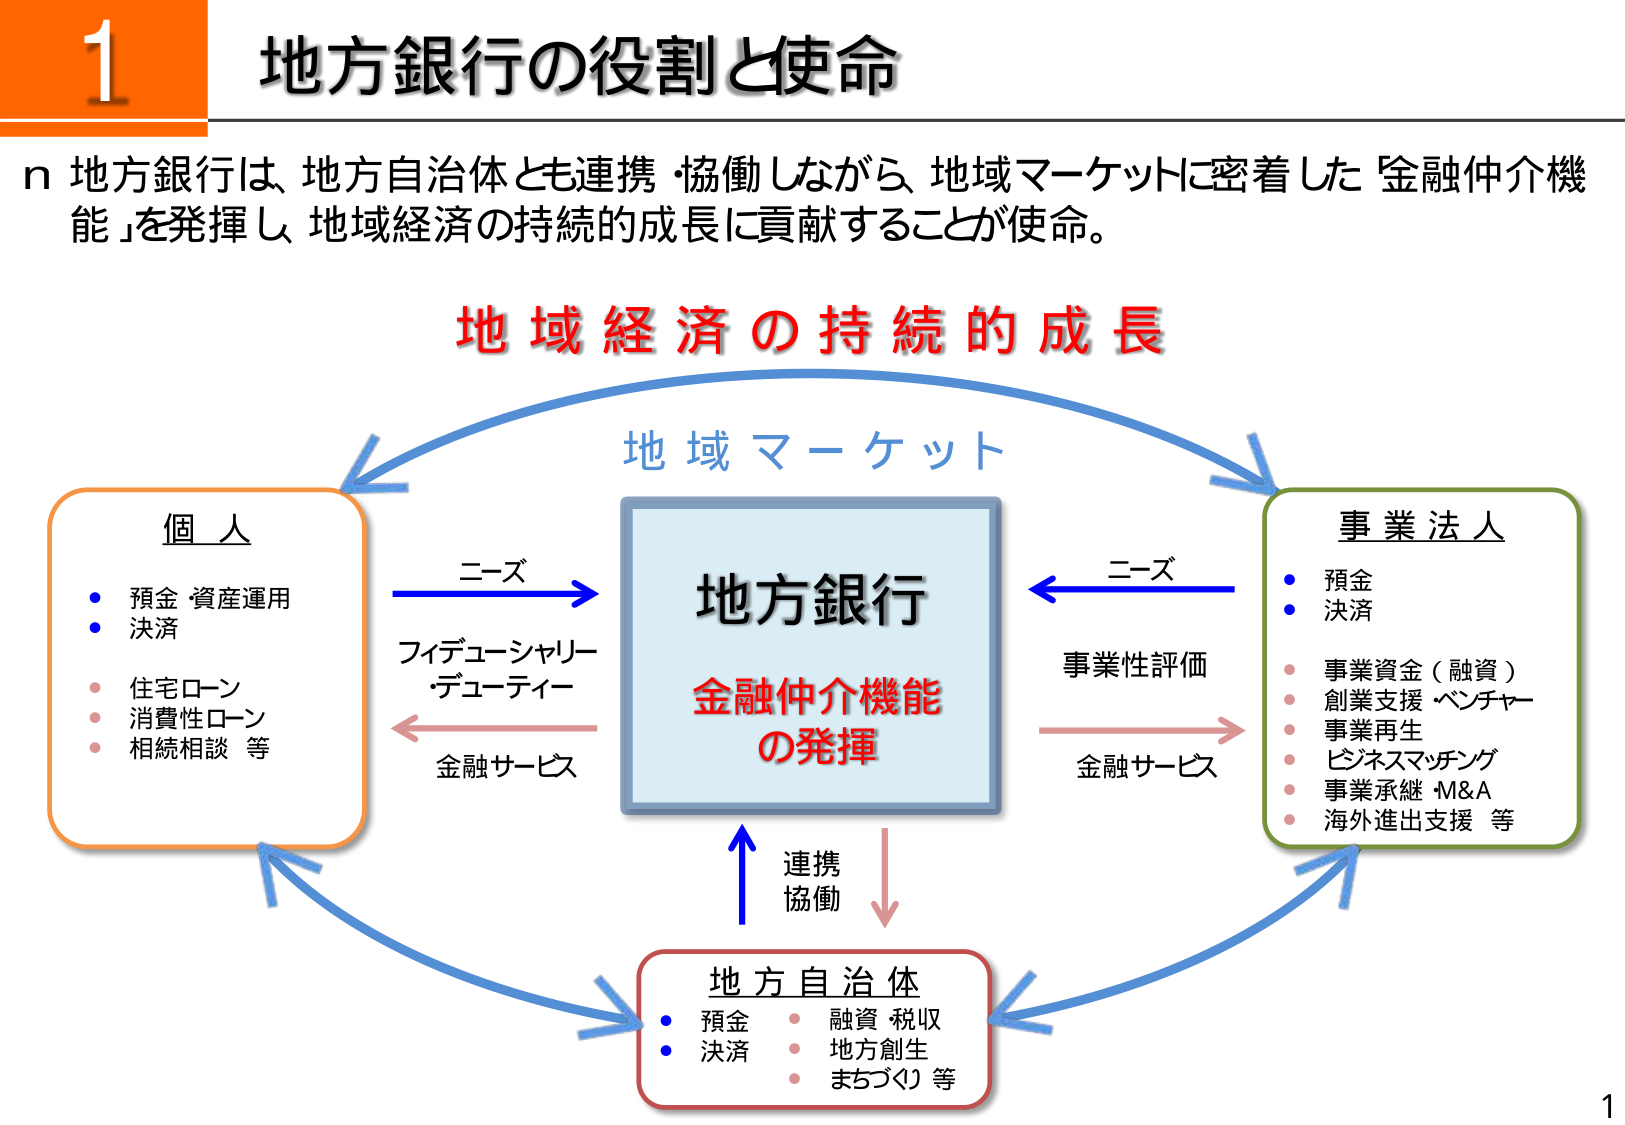
1
地方銀行の役割と使命

地方銀行は、地方自治体とも連携・協働しながら、地域マーケットに密着した「金融仲介機能」を発揮し、地域経済の持続的成長に貢献することが使命。

地域経済の持続的成長

地域マーケット

個人
・預金・資産運用
・決済
・住宅ローン
・消費性ローン
・相続相談 等

ニーズ
→
地方銀行
金融仲介機能
の発揮

←
フィデューシャリー
・デューティー
金融サービス

ニーズ
←
事業法人
・預金
・決済
・事業資金（融資）
・創業支援・ベンチャー
・事業再生
・ビジネスマッチング
・事業承継・M&A
・海外進出支援 等

事業性評価
→
金融サービス

連携
協働
↑
↓

地方自治体
・預金
・決済
・融資・税収
・地方創生
・まちづくり 等

1